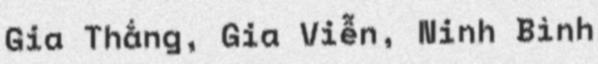
Gia Thắng, Gia Viễn, Ninh Bình